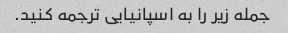
جمله زیر را به اسپانیایی ترجمه کنید.